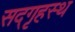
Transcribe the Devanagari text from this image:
सद्‌गृहस्थ